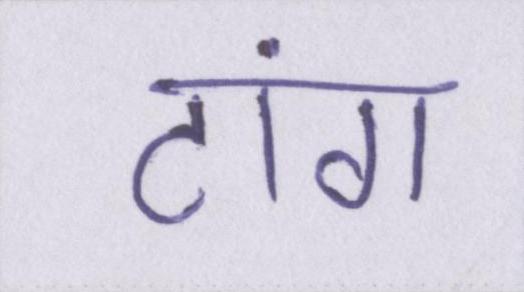
टांग